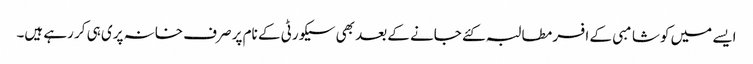
ایسے میں کوشامبی کے افسر مطالبہ کئے جانے کے بعد بھی سیکورٹی کے نام پر صرف خانہ پری ہی کر رہے ہیں۔